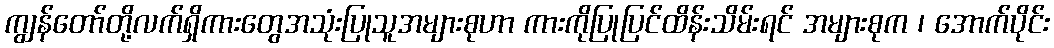
ကျွန်တော်တို့လက်ရှိကားတွေအသုံးပြုသူအများစုဟာ ကားကိုပြုပြင်ထိန်းသိမ်းရင် အများစုက ၊ အောက်ပိုင်း